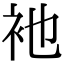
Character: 衪